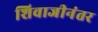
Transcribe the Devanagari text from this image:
शिवाजीनंतर